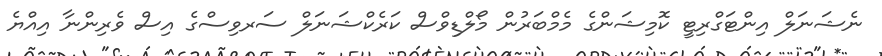
ނެޝަނަލް އިންޓަގްރިޓީ ކޮމިޝަންގެ މެމްބަރުން މޯލްޑިވްސް ކަރެކްޝަނަލް ސަރވިސްގެ އިސް ވެރިންނާ އިއްޔެ